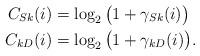
LaTeX: \begin{align*} C_{S k}(i)&= \log_2\big(1+\gamma_{Sk}(i)\big) \\ C_{k D}(i)&=\log_2\big(1+\gamma_{kD}(i)\big).\end{align*}